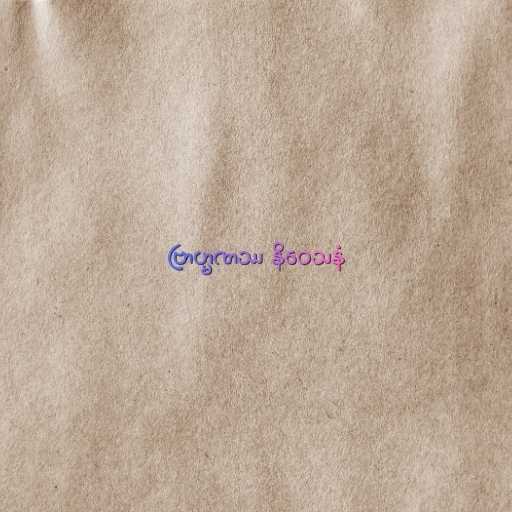
ဗြာဟ္မဏဿ နိဝေသနံ